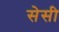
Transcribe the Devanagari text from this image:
सेसी